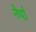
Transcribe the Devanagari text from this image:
नेर्पा